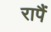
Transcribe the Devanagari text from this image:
रापैं